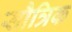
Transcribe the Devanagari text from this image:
सौत्रिक